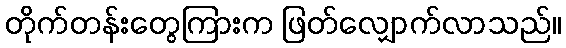
တိုက်တန်းတွေကြားက ဖြတ်လျှောက်လာသည်။